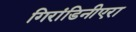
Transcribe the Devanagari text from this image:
गिरांडिनीएरा